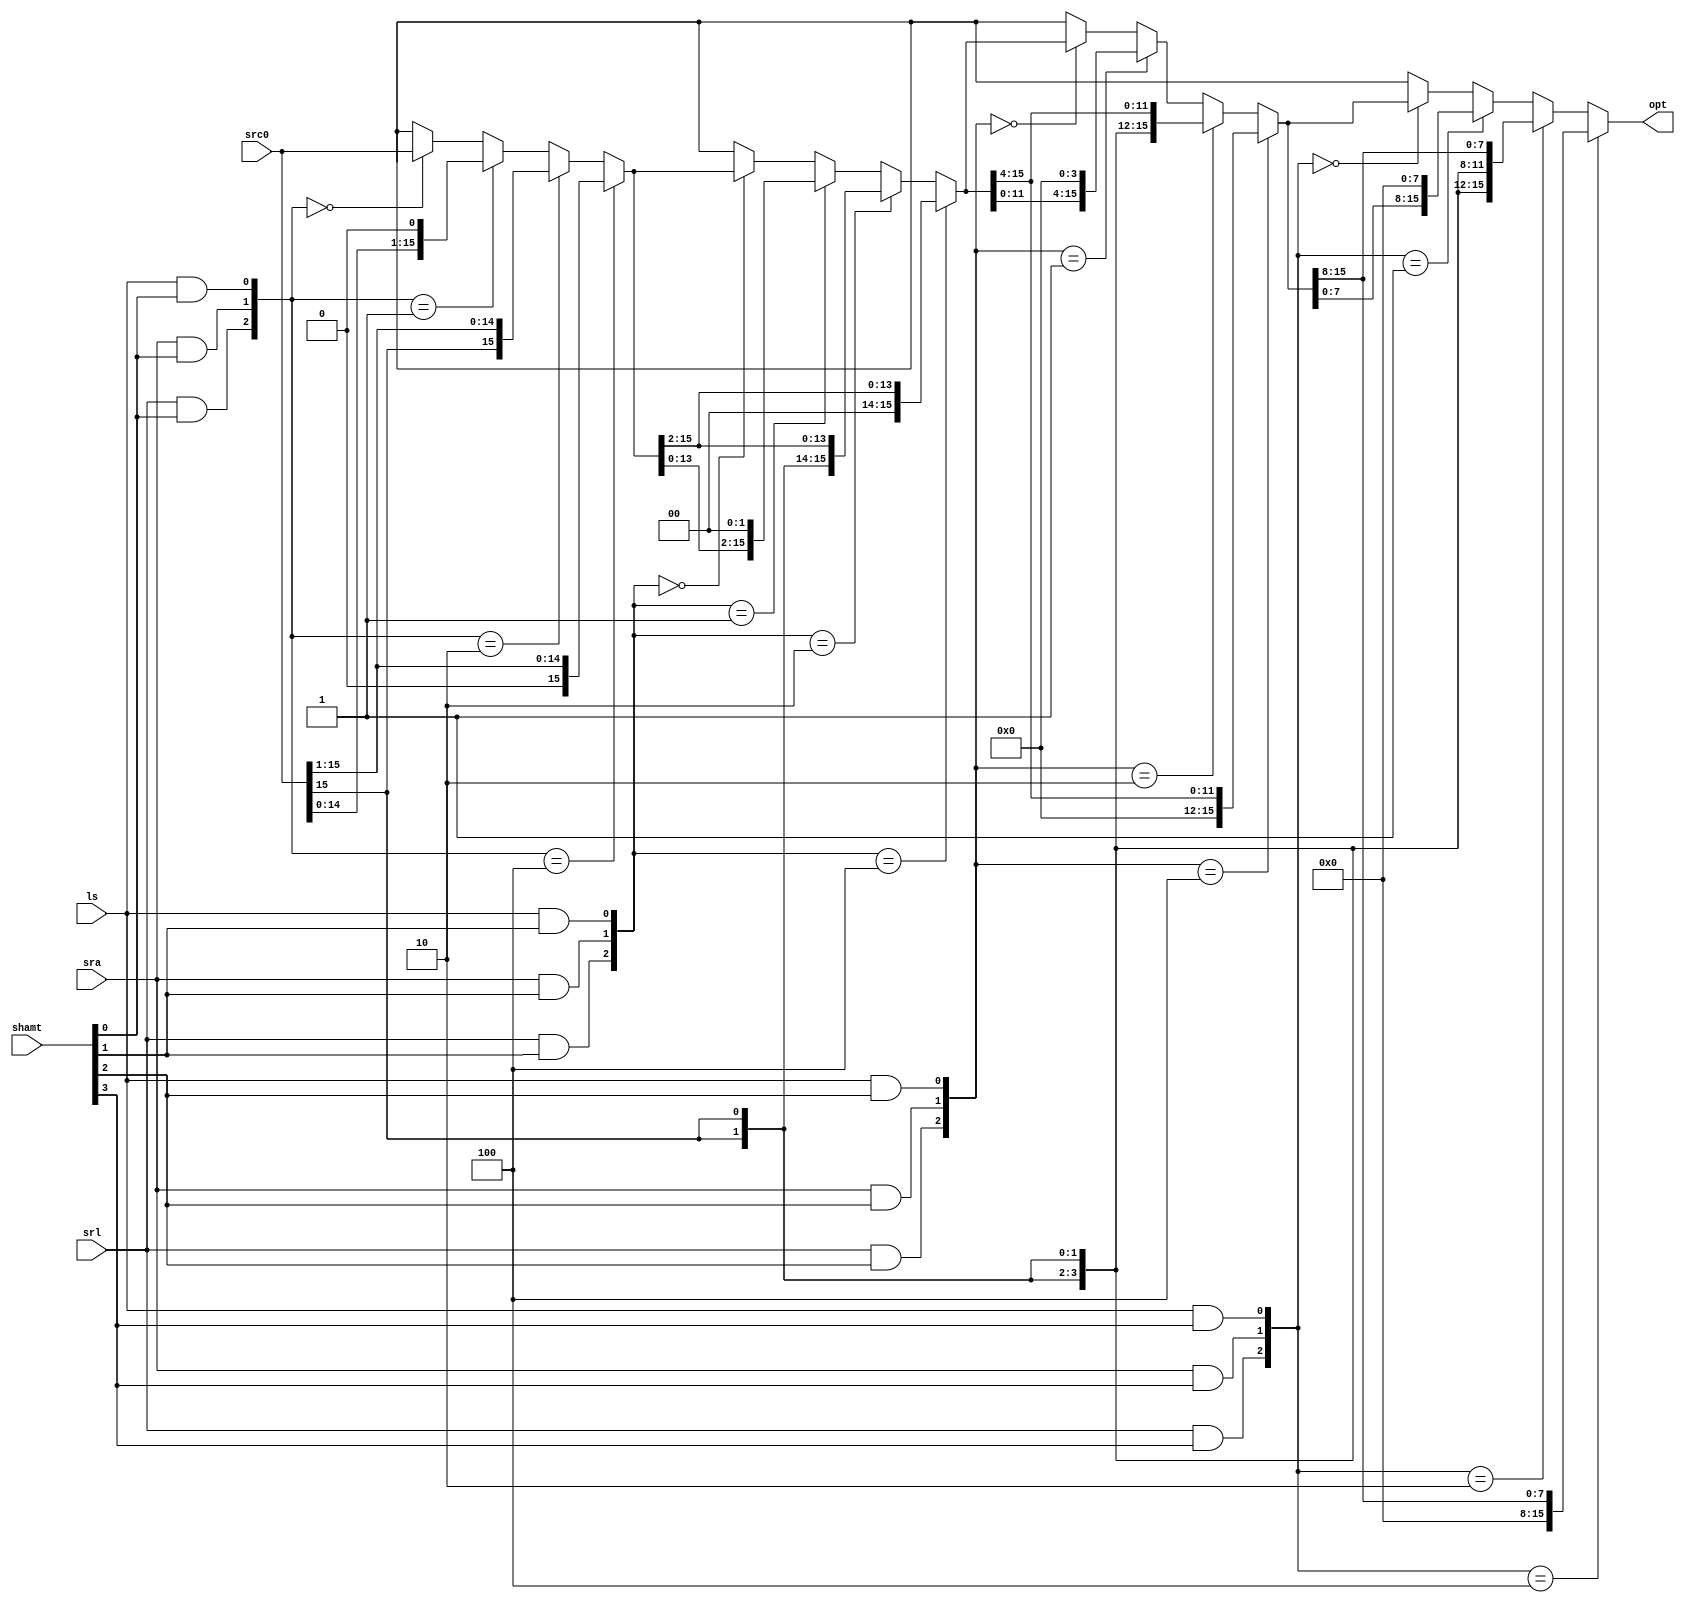
module shifter(src0, shamt, srl, sra,ls,opt );
output[15:0] opt;// output
input [15:0] src0;// the input which need shift operation
input [3:0] shamt; //shift amount
input srl,sra, ls; // control bits for shift operations
wire[15:0] w1,w2,w3; // intermediate result
wire [2:0] sel1, sel2, sel3, sel4; // control of the mux
localparam[2:0] srl0 = 3'b100; // shift right logical is 100 
localparam[2:0] sra0 = 3'b010; // shift right arithmetic is 010
localparam[2:0] ls0 = 3'b001; // shift left is 001
localparam[2:0] same0 = 3'b000;// nothing changed is 000

/////////////////////////////////////////////////
// selx is used to calculate the mux selection///
/////////////////////////////////////////////////

assign sel1 = {srl&shamt[0], sra&shamt[0], ls&shamt[0]}; 
assign sel2 = {srl&shamt[1], sra&shamt[1], ls&shamt[1]};
assign sel3 = {srl&shamt[2], sra&shamt[2], ls&shamt[2]};
assign sel4 = {srl&shamt[3], sra&shamt[3], ls&shamt[3]};

/////////////////////////////////////////////////////
//first mux to check with the least bit of shamt ///
///////////////////////////////////////////////////

assign w1 =  (sel1 == srl0) ? {1'b0, src0[15:1]}:
	     (sel1 == sra0) ? {src0[15], src0[15:1]}:
             (sel1 == ls0)  ? {src0[14:0],1'b0}:
             (sel1 == same0) ?  src0:
			         16'hx;	

/////////////////////////////////////////////////////
//second mux to check with the second bit of shamt ///
///////////////////////////////////////////////////

assign w2 =  (sel2 == srl0) ? {2'b0, w1[15:2]}:
	     (sel2 == sra0) ? {{2{src0[15]}}, w1[15:2]}:
             (sel2 == ls0)  ? {w1[13:0],2'b0}:
             (sel2 == same0) ?  w1:
			         16'hx;

/////////////////////////////////////////////////////
//third mux to check with the third bit of shamt ///
////////////////////////////////////////////////////
	
assign w3 =  (sel3 == srl0) ? {4'b0, w2[15:4]}:
	     (sel3 == sra0) ? {{4{src0[15]}}, w2[15:4]}:
             (sel3 == ls0)  ? {w2[11:0],4'b0}:
             (sel3 == same0) ?  w2:
			         16'hx;

/////////////////////////////////////////////////////
//last mux to check with the last bit of shamt ///
///////////////////////////////////////////////////


assign opt =  (sel4 == srl0) ? {8'b0, w3[15:8]}:
	     (sel4 == sra0) ? {{8{src0[15]}}, w3[15:8]}:
             (sel4 == ls0)  ? {w3[7:0],8'b0}:
             (sel4 == same0) ?  w3:
			         16'hx;	
	


endmodule